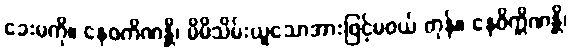
ခေးမကို။ နေဝကိဏန္တိ၊ မိမိသိမ်းယူသောအားဖြင့်မဝယ် ကုန်။ နေဝိက္ကိဏန္တိ၊